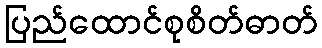
ပြည်ထောင်စုစိတ်ဓာတ်